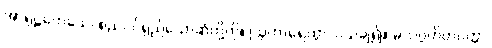
အာရုဠကေသေ၊ စည်ပင်ရှည်သောဆံတို့ကို။ ဩဟာရေတွာ၊ ပယ်ချ၍။ မလဂ္ဂဟိတပတ္တာ၊